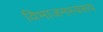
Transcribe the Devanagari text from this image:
विभाजनस्वरूप